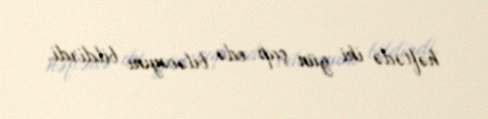
həftədə iki gün çap edə biləcəyini bildirdi.